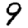
Digit: 9